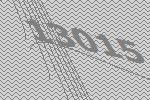
13015